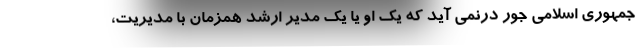
جمهوری اسلامی جور درنمی آید که یک او یا یک مدیر ارشد همزمان با مدیریت،